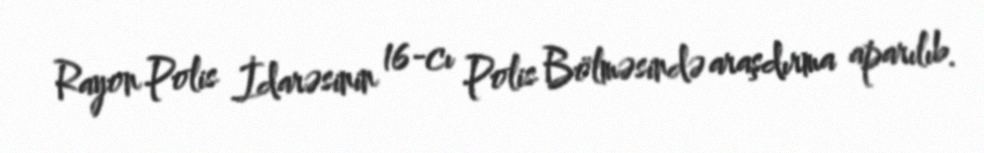
Rayon Polis İdarəsinin 16-cı Polis Bölməsində araşdırma aparılıb.